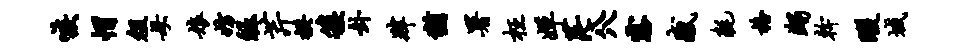
嗾帽俎母娘妨皈芹揆簇卦肄犹署枉婵茫八八露感耗格蠲干暇域